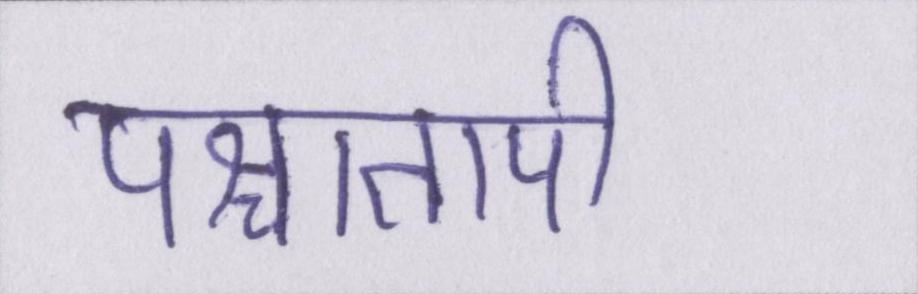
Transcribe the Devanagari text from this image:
पश्चातापी